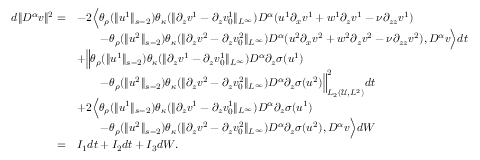
\begin{array} { r l } { d \| D ^ { \alpha } v \| ^ { 2 } = } & { - 2 \Big \langle \theta _ { \rho } ( \| u ^ { 1 } \| _ { s - 2 } ) \theta _ { \kappa } ( \| \partial _ { z } v ^ { 1 } - \partial _ { z } v _ { 0 } ^ { 1 } \| _ { L ^ { \infty } } ) D ^ { \alpha } ( u ^ { 1 } \partial _ { x } v ^ { 1 } + w ^ { 1 } \partial _ { z } v ^ { 1 } - \nu \partial _ { z z } v ^ { 1 } ) } \\ & { \qquad - \theta _ { \rho } ( \| u ^ { 2 } \| _ { s - 2 } ) \theta _ { \kappa } ( \| \partial _ { z } v ^ { 2 } - \partial _ { z } v _ { 0 } ^ { 2 } \| _ { L ^ { \infty } } ) D ^ { \alpha } ( u ^ { 2 } \partial _ { x } v ^ { 2 } + w ^ { 2 } \partial _ { z } v ^ { 2 } - \nu \partial _ { z z } v ^ { 2 } ) , D ^ { \alpha } v \Big \rangle d t } \\ & { + \Big \| \theta _ { \rho } ( \| u ^ { 1 } \| _ { s - 2 } ) \theta _ { \kappa } ( \| \partial _ { z } v ^ { 1 } - \partial _ { z } v _ { 0 } ^ { 1 } \| _ { L ^ { \infty } } ) D ^ { \alpha } \partial _ { z } \sigma ( u ^ { 1 } ) } \\ & { \qquad - \theta _ { \rho } ( \| u ^ { 2 } \| _ { s - 2 } ) \theta _ { \kappa } ( \| \partial _ { z } v ^ { 2 } - \partial _ { z } v _ { 0 } ^ { 2 } \| _ { L ^ { \infty } } ) D ^ { \alpha } \partial _ { z } \sigma ( u ^ { 2 } ) \Big \| _ { L _ { 2 } ( \mathscr U , L ^ { 2 } ) } ^ { 2 } d t } \\ & { + 2 \Big \langle \theta _ { \rho } ( \| u ^ { 1 } \| _ { s - 2 } ) \theta _ { \kappa } ( \| \partial _ { z } v ^ { 1 } - \partial _ { z } v _ { 0 } ^ { 1 } \| _ { L ^ { \infty } } ) D ^ { \alpha } \partial _ { z } \sigma ( u ^ { 1 } ) } \\ & { \qquad - \theta _ { \rho } ( \| u ^ { 2 } \| _ { s - 2 } ) \theta _ { \kappa } ( \| \partial _ { z } v ^ { 2 } - \partial _ { z } v _ { 0 } ^ { 2 } \| _ { L ^ { \infty } } ) D ^ { \alpha } \partial _ { z } \sigma ( u ^ { 2 } ) , D ^ { \alpha } v \Big \rangle d W } \\ { = } & { I _ { 1 } d t + I _ { 2 } d t + I _ { 3 } d W . } \end{array}